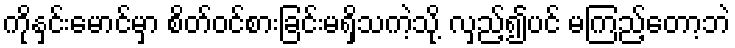
ကိုနှင်းမောင်မှာ စိတ်ဝင်စားခြင်းမရှိသကဲ့သို့ လှည့်၍ပင် မကြည့်တော့ဘဲ